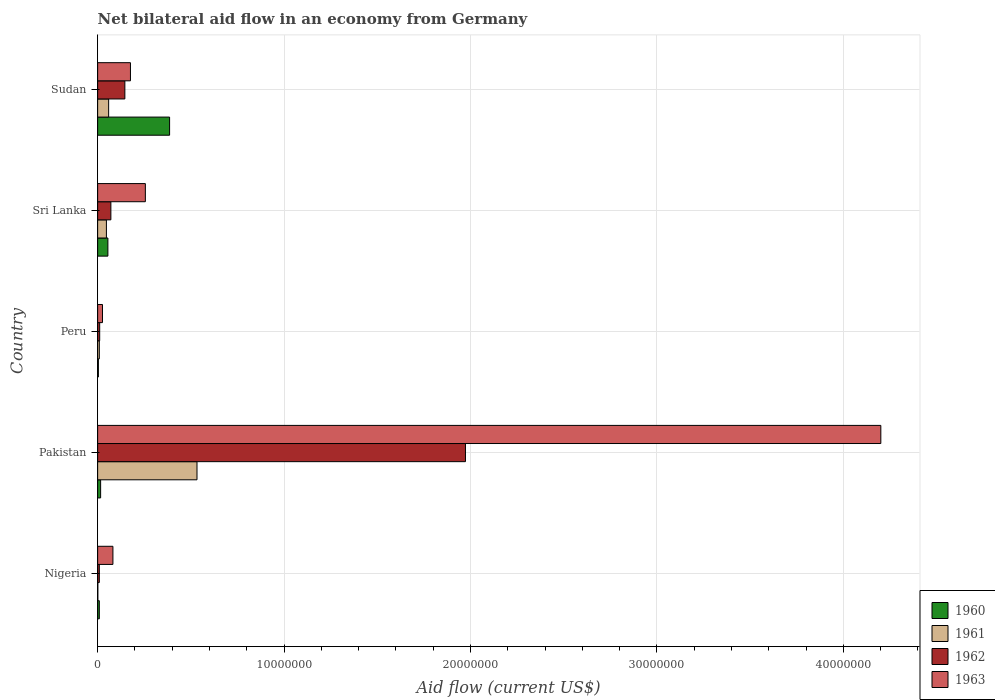
| Country | 1960 | 1961 | 1962 | 1963 |
 | --- | --- | --- | --- | --- |
 | Nigeria | 9e+04 | 1e+04 | 9e+04 | 8.2e+05 |
 | Pakistan | 1.6e+05 | 5.33e+06 | 1.97e+07 | 4.2e+07 |
 | Peru | 4e+04 | 9e+04 | 1.1e+05 | 2.6e+05 |
 | Sri Lanka | 5.5e+05 | 4.7e+05 | 7.1e+05 | 2.56e+06 |
 | Sudan | 3.86e+06 | 5.9e+05 | 1.46e+06 | 1.76e+06 |